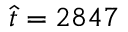
\hat { t } = 2 8 4 7